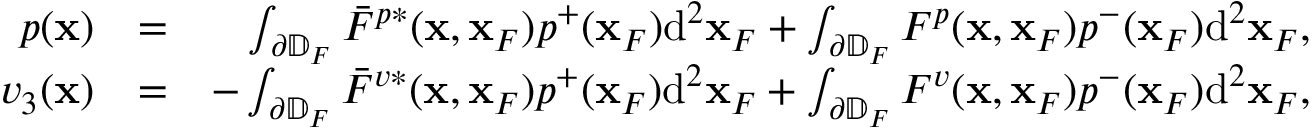
\begin{array} { r l r } { p ( { \bf x } ) } & { = } & { \int _ { \partial \mathbb { D } _ { F } } \bar { F } ^ { p * } ( { \bf x } , { \bf x } _ { F } ) p ^ { + } ( { \bf x } _ { F } ) \mathrm { d } ^ { 2 } { \bf x } _ { F } + \int _ { \partial \mathbb { D } _ { F } } F ^ { p } ( { \bf x } , { \bf x } _ { F } ) p ^ { - } ( { \bf x } _ { F } ) \mathrm { d } ^ { 2 } { \bf x } _ { F } , } \\ { v _ { 3 } ( { \bf x } ) } & { = } & { - \int _ { \partial \mathbb { D } _ { F } } \bar { F } ^ { v * } ( { \bf x } , { \bf x } _ { F } ) p ^ { + } ( { \bf x } _ { F } ) \mathrm { d } ^ { 2 } { \bf x } _ { F } + \int _ { \partial \mathbb { D } _ { F } } F ^ { v } ( { \bf x } , { \bf x } _ { F } ) p ^ { - } ( { \bf x } _ { F } ) \mathrm { d } ^ { 2 } { \bf x } _ { F } , } \end{array}